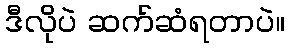
ဒီလိုပဲ ဆက်ဆံရတာပဲ။